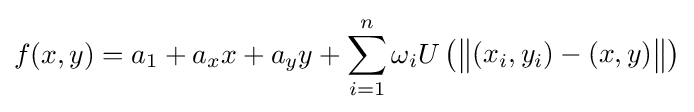
f(x,y)=a_{1}+a_{x}x+a_{y}y+\sum _{i=1}^{n}\omega _{i}U\left({\begin{Vmatrix}(x_{i},y_{i})-(x,y)\end{Vmatrix}}\right)